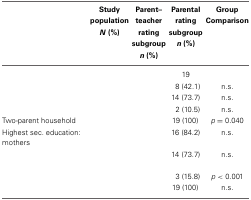
<table><thead><tr><td>[EMPTY_CELL]</td><td><b>Study population <i>N</i> (%)</b></td><td><b>Parent–teacher rating subgroup <i>n</i> (%)</b></td><td><b>Parental rating subgroup <i>n</i> (%)</b></td><td><b>Group Comparison</b></td></tr></thead><tbody><tr><td>[EMPTY_CELL]</td><td>[EMPTY_CELL]</td><td>[EMPTY_CELL]</td><td>19</td><td>[EMPTY_CELL]</td></tr><tr><td>[EMPTY_CELL]</td><td>[EMPTY_CELL]</td><td>[EMPTY_CELL]</td><td>8 (42.1)</td><td>n.s.</td></tr><tr><td>[EMPTY_CELL]</td><td>[EMPTY_CELL]</td><td>[EMPTY_CELL]</td><td>14 (73.7)</td><td>n.s.</td></tr><tr><td>[EMPTY_CELL]</td><td>[EMPTY_CELL]</td><td>[EMPTY_CELL]</td><td>2 (10.5)</td><td>n.s.</td></tr><tr><td>Two-parent household</td><td>[EMPTY_CELL]</td><td>[EMPTY_CELL]</td><td>19 (100)</td><td><i>p</i> = 0.040</td></tr><tr><td>Highest sec. education: mothers</td><td>[EMPTY_CELL]</td><td>[EMPTY_CELL]</td><td>16 (84.2)</td><td>n.s.</td></tr><tr><td>[EMPTY_CELL]</td><td>[EMPTY_CELL]</td><td>[EMPTY_CELL]</td><td>14 (73.7)</td><td>n.s.</td></tr><tr><td>[EMPTY_CELL]</td><td>[EMPTY_CELL]</td><td>[EMPTY_CELL]</td><td>3 (15.8)</td><td><i>p</i> &lt; 0.001</td></tr><tr><td>[EMPTY_CELL]</td><td>[EMPTY_CELL]</td><td>[EMPTY_CELL]</td><td>19 (100)</td><td>n.s.</td></tr></tbody></table>